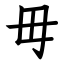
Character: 毋